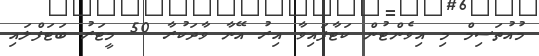
މުއުތަސިމް މި އިވެންޓުން ކަޓާފައިވާ އިރު އޭނާ ވާދަކުރާ 50 މީޓަރު ބަޓަފްލައި